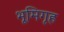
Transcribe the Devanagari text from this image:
भूमिगृह